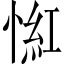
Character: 𢞃